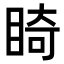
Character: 𥇚